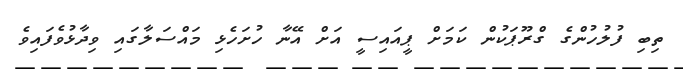
ތިބި ފުލުހުންގެ ގްރޫޕަކުން ކަމަށް ޕީއައިސީ އަށް އޭނާ ހުށަހެޅި މައްސަލާގައި ވިދާޅުވެފައިވެ